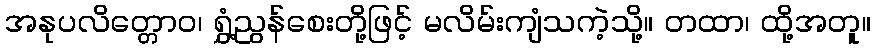
အနုပလိတ္တောဝ၊ ရွှံ့ညွန်စေးတို့ဖြင့် မလိမ်းကျံသကဲ့သို့။ တထာ၊ ထို့အတူ။